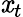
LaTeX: \mathit{x}_{t}